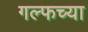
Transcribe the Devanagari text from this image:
गल्फच्या